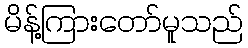
မိန့်ကြားတော်မူသည်